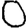
Digit: 0